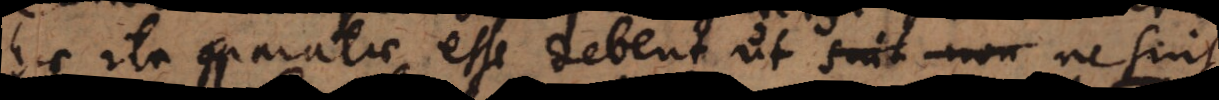
hic ita comparatae esse debent ut ne sint